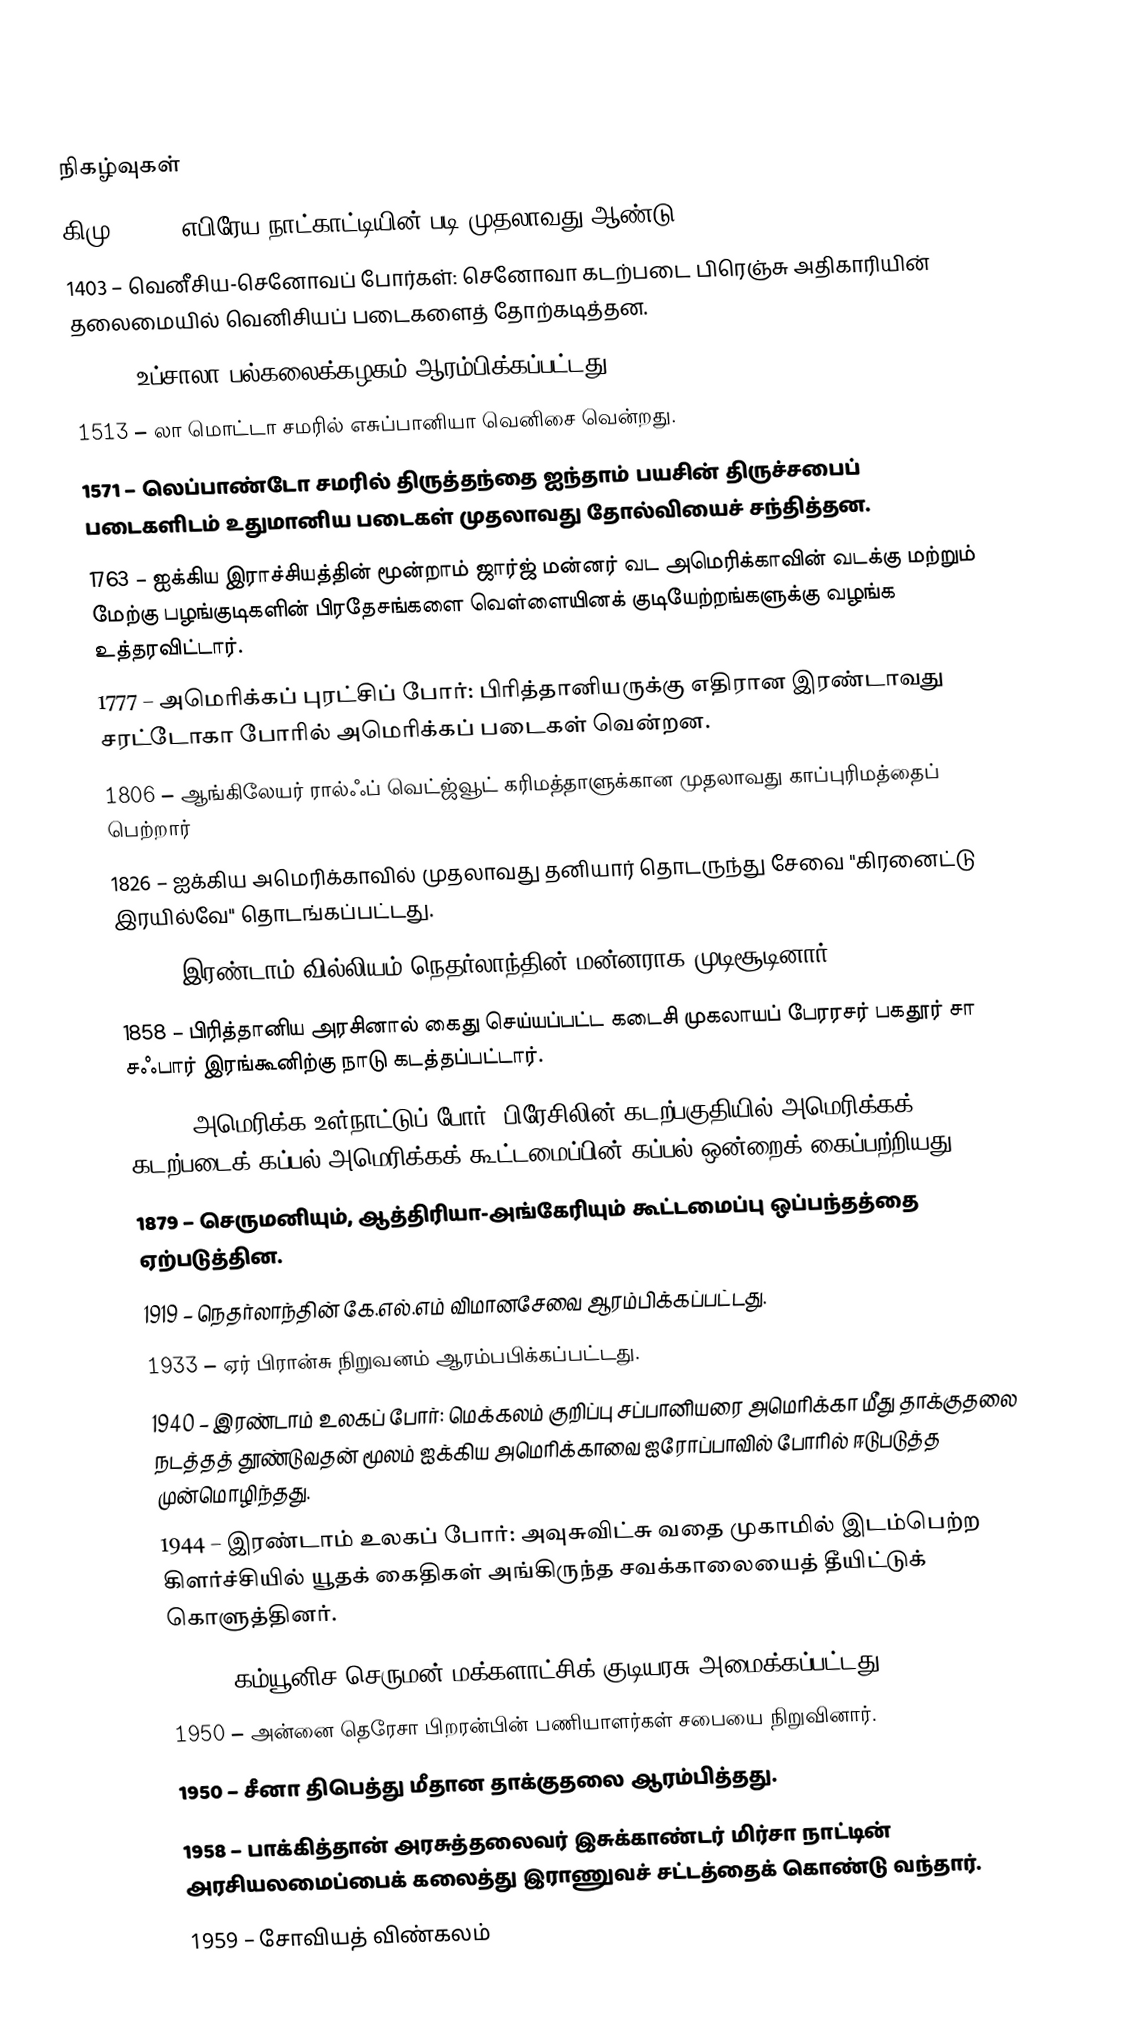

நிகழ்வுகள்
கிமு 3761 – எபிரேய நாட்காட்டியின் படி முதலாவது ஆண்டு.
1403 – வெனீசிய-செனோவப் போர்கள்: செனோவா கடற்படை பிரெஞ்சு அதிகாரியின் தலைமையில் வெனிசியப் படைகளைத் தோற்கடித்தன.
1477 – உப்சாலா பல்கலைக்கழகம் ஆரம்பிக்கப்பட்டது.
1513 – லா மொட்டா சமரில் எசுப்பானியா வெனிசை வென்றது.
1571 – லெப்பாண்டோ சமரில் திருத்தந்தை ஐந்தாம் பயசின் திருச்சபைப் படைகளிடம் உதுமானிய படைகள் முதலாவது தோல்வியைச் சந்தித்தன.
1763 – ஐக்கிய இராச்சியத்தின் மூன்றாம் ஜார்ஜ் மன்னர் வட அமெரிக்காவின் வடக்கு மற்றும் மேற்கு பழங்குடிகளின் பிரதேசங்களை வெள்ளையினக் குடியேற்றங்களுக்கு வழங்க உத்தரவிட்டார்.
1777 – அமெரிக்கப் புரட்சிப் போர்: பிரித்தானியருக்கு எதிரான இரண்டாவது சரட்டோகா போரில் அமெரிக்கப் படைகள் வென்றன.
1806 – ஆங்கிலேயர் ரால்ஃப் வெட்ஜ்வூட் கரிமத்தாளுக்கான முதலாவது காப்புரிமத்தைப் பெற்றார்
1826 – ஐக்கிய அமெரிக்காவில் முதலாவது தனியார் தொடருந்து சேவை "கிரனைட்டு இரயில்வே" தொடங்கப்பட்டது.
1840 – இரண்டாம் வில்லியம் நெதர்லாந்தின் மன்னராக முடிசூடினார்.
1858 – பிரித்தானிய அரசினால் கைது செய்யப்பட்ட கடைசி முகலாயப் பேரரசர் பகதூர் சா சஃபார் இரங்கூனிற்கு நாடு கடத்தப்பட்டார்.
1864 – அமெரிக்க உள்நாட்டுப் போர்: பிரேசிலின் கடற்பகுதியில் அமெரிக்கக் கடற்படைக் கப்பல் அமெரிக்கக் கூட்டமைப்பின் கப்பல் ஒன்றைக் கைப்பற்றியது
1879 – செருமனியும், ஆத்திரியா-அங்கேரியும் கூட்டமைப்பு ஒப்பந்தத்தை ஏற்படுத்தின.
1919 – நெதர்லாந்தின் கே.எல்.எம் விமானசேவை ஆரம்பிக்கப்பட்டது.
1933 – ஏர் பிரான்சு நிறுவனம் ஆரம்பபிக்கப்பட்டது.
1940 – இரண்டாம் உலகப் போர்: மெக்கலம் குறிப்பு சப்பானியரை அமெரிக்கா மீது தாக்குதலை நடத்தத் தூண்டுவதன் மூலம் ஐக்கிய அமெரிக்காவை ஐரோப்பாவில் போரில் ஈடுபடுத்த முன்மொழிந்தது.
1944 – இரண்டாம் உலகப் போர்: அவுசுவிட்சு வதை முகாமில் இடம்பெற்ற கிளர்ச்சியில் யூதக் கைதிகள் அங்கிருந்த சவக்காலையைத் தீயிட்டுக் கொளுத்தினர்.
1949 – கம்யூனிச செருமன் மக்களாட்சிக் குடியரசு அமைக்கப்பட்டது.
1950 – அன்னை தெரேசா பிறரன்பின் பணியாளர்கள் சபையை நிறுவினார்.
1950 – சீனா திபெத்து மீதான தாக்குதலை ஆரம்பித்தது.
1958 – பாக்கித்தான் அரசுத்தலைவர் இசுக்காண்டர் மிர்சா நாட்டின் அரசியலமைப்பைக் கலைத்து இராணுவச் சட்டத்தைக் கொண்டு வந்தார்.
1959 – சோவியத் விண்கலம்